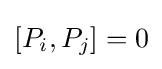
[P_{i},P_{j}]=0